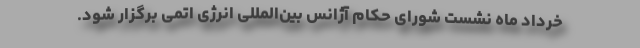
خرداد ماه نشست شورای حکام آژانس بین‌المللی انرژی اتمی برگزار شود.